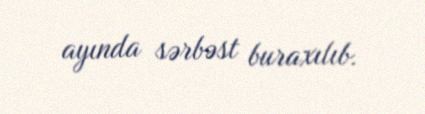
ayında sərbəst buraxılıb.